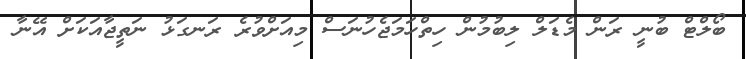
ބޯލްޓް ބުނީ ރަން މެޑަލް ލިބުމުން ހިތްހަމަޖެހުނަސް މިއަށްވުރެ ރަނގަޅު ނަތީޖާއަކަށް އޭނާ